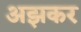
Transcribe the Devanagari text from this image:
अझकर